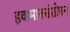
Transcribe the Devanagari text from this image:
हवामानसंशोधन